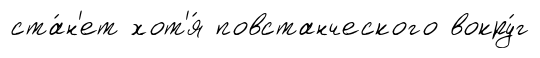
ста́н'ет хот'я́ повстанческого вокру́г